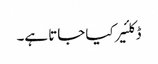
ڈکلئیر کیا جاتا ہے۔